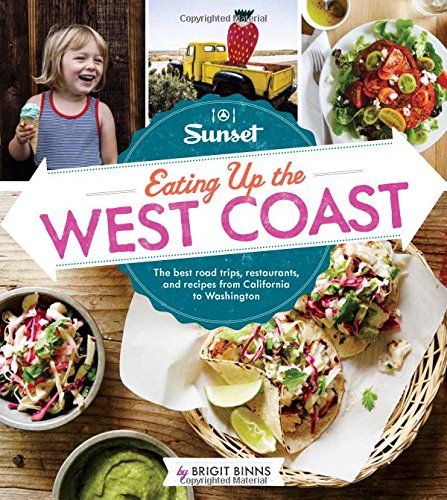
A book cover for Sunset Eating Up the West Coast: The best road trips, restaurants, and recipes from California to Washington; Brigit Binns; Cookbooks, Food & Wine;